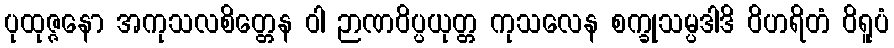
ပုထုဇ္ဇနော အကုသလစိတ္တေန ဝါ ဉာဏဝိပ္ပယုတ္တ ကုသလေန စက္ခုသမ္ပဒါဒိ ဝိဟရိတံ ဝိရူပံ